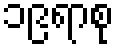
၁၉ရာစု